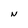
Character: N